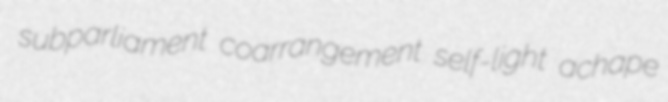
subparliament coarrangement self-light achape